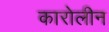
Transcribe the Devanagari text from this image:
कारोलीन